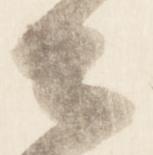
々